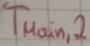
Text: TMain,2